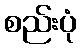
စည်းပုံ